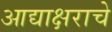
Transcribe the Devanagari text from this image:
आद्याक्षराचे